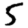
Digit: 5